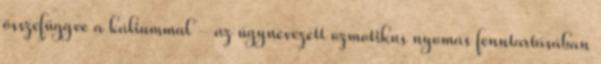
összefüggve a káliummal - az úgynevezett ozmotikus nyomás fenntartásában